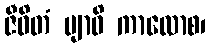
ဇီဝိတံ ဗျာဓိ ကာလောစ၊